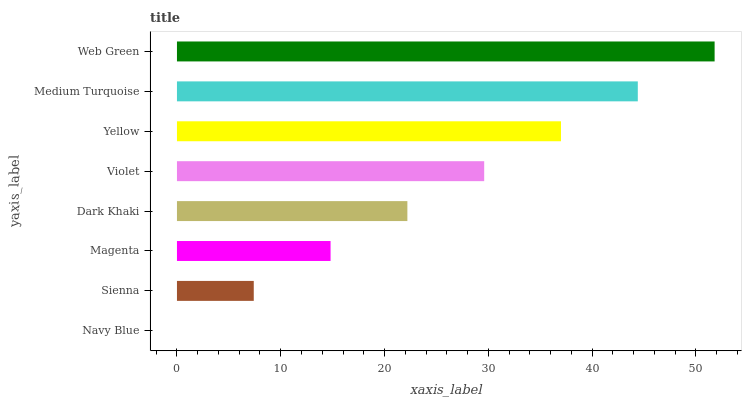
| yaxis_label | bars |
 | --- | --- |
 | Navy Blue | 0 |
 | Sienna | 7.4 |
 | Magenta | 14.8 |
 | Dark Khaki | 22.2 |
 | Violet | 29.6 |
 | Yellow | 37 |
 | Medium Turquoise | 44.4 |
 | Web Green | 51.8 |